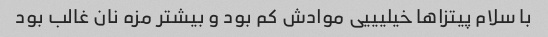
با سلام پیتزاها خیلیییی موادش کم بود و بیشتر مزه نان غالب بود